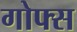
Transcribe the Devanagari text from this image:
गोफ्स